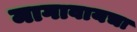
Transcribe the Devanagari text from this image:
मागावायचा